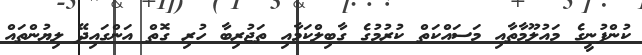
ކުންފުނީގެ މައުލޫމާތާއި މަސައްކަތް ކުރުމުގެ ގާބިލްކަމާއި ތަޖުރިބާ ހުރި ގޮތް އަންގައިދޭ ލިޔުންތައް